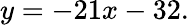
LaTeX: y=-21x-32.